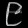
Digit: ၉